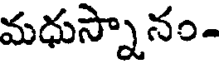
మధుస్నానం-